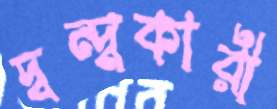
দ্বন্দ্বকারী